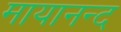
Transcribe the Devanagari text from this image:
मायानन्द